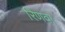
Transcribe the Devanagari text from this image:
रिणवा